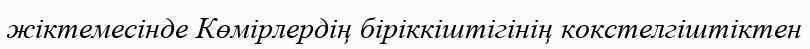
жіктемесінде Көмірлердің біріккіштігінің кокстелгіштіктен